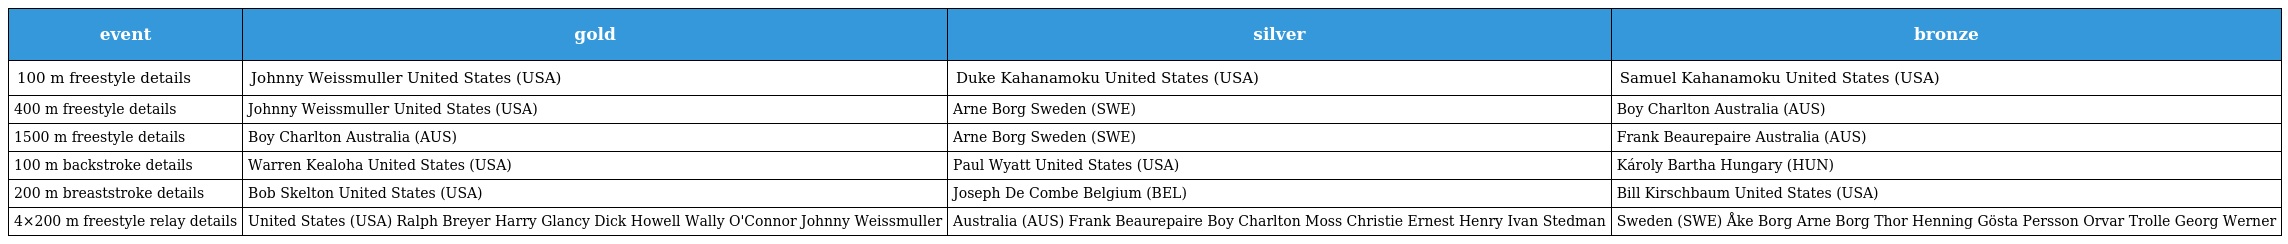
| event | gold | silver | bronze |
 | --- | --- | --- | --- |
 | 100 m freestyle details | Johnny Weissmuller United States (USA) | Duke Kahanamoku United States (USA) | Samuel Kahanamoku United States (USA) |
 | 400 m freestyle details | Johnny Weissmuller United States (USA) | Arne Borg Sweden (SWE) | Boy Charlton Australia (AUS) |
 | 1500 m freestyle details | Boy Charlton Australia (AUS) | Arne Borg Sweden (SWE) | Frank Beaurepaire Australia (AUS) |
 | 100 m backstroke details | Warren Kealoha United States (USA) | Paul Wyatt United States (USA) | Károly Bartha Hungary (HUN) |
 | 200 m breaststroke details | Bob Skelton United States (USA) | Joseph De Combe Belgium (BEL) | Bill Kirschbaum United States (USA) |
 | 4×200 m freestyle relay details | United States (USA) Ralph Breyer Harry Glancy Dick Howell Wally O'Connor Johnny Weissmuller | Australia (AUS) Frank Beaurepaire Boy Charlton Moss Christie Ernest Henry Ivan Stedman | Sweden (SWE) Åke Borg Arne Borg Thor Henning Gösta Persson Orvar Trolle Georg Werner |